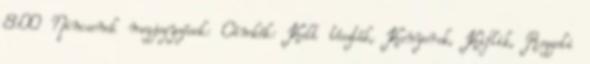
8:00 Nincsenek megjegyzések: Címkék: Kelt tészták, Kenyerek, Kiflik, Reggeli